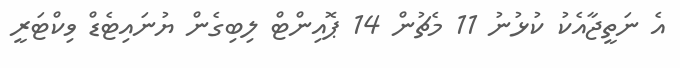
އެ ނަތީޖާއެކު ކުޅުނު 11 މެޗުން 14 ޕޮއިންޓް ލިބިގެން ޔުނައިޓެޑް ވިކްޓަރީ